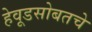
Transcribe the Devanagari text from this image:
हेवूडसोबतचे